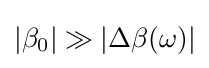
|\beta _{0}|\gg |\Delta \beta (\omega )|